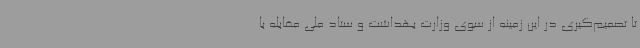
تا تصمیم‌گیری در این زمینه از سوی وزارت بهداشت و ستاد ملی مقابله با